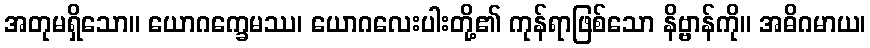
အတုမရှိသော။ ယောဂက္ခေမဿ၊ ယောဂလေးပါးတို့၏ ကုန်ရာဖြစ်သော နိဗ္ဗာန်ကို။ အဓိဂမာယ၊